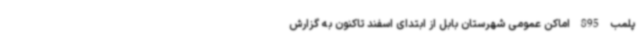
پلمب 895 اماکن عمومی شهرستان بابل از ابتدای اسفند تاکنون به گزارش